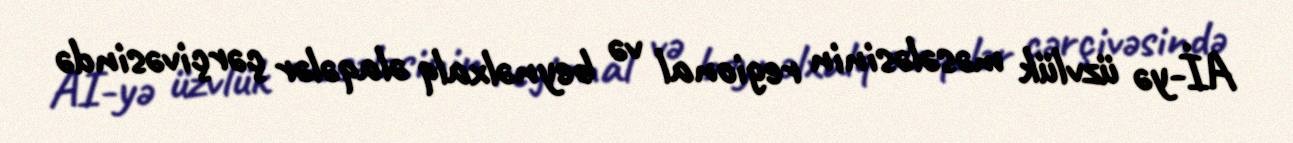
Aİ-yə üzvlük məsələsinin regional və beynəlxalq əlaqələr çərçivəsində